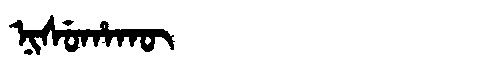
Manchu: ᠨᡳᠰᡠᡥᠠᡴᡡ
Romanization: NISUHAKŪ